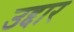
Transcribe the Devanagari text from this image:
उद्दार